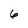
Character: 6